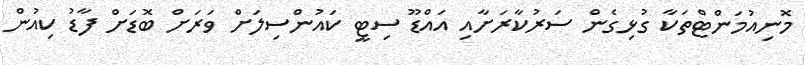
މޮނިއުމަންޓްތަކާ ގުޅިގެން ސަރުކާރަށާއި އައްޑޫ ސިޓީ ކައުންސިލަށް ވަރަށް ބޮޑަށް ފާޑު ކިއުން